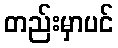
တည်းမှာပင်